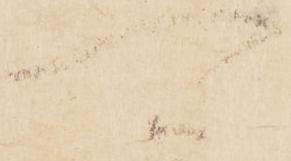
可